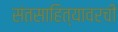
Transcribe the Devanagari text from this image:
संतसाहित्यावरची